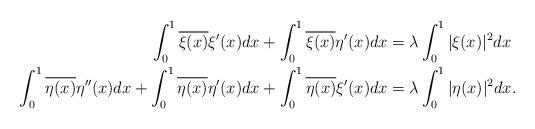
LaTeX: \begin{align*}\int_{0}^{1}\overline{\xi(x)}\xi^{\prime}(x)dx+ \int_{0}^{1}\overline{\xi(x)}\eta^{\prime}(x)dx&=\lambda\int_{0}^{1}|\xi(x)|^2 dx\\\int_{0}^{1}\overline{\eta(x)}\eta^{\prime\prime}(x)dx+\int_{0}^{1}\overline{\eta(x)}\eta^{\prime}(x)dx+\int_{0}^{1}\overline{\eta(x)}\xi^{\prime}(x)dx&=\lambda\int_{0}^{1}|\eta(x)|^2dx.\end{align*}